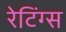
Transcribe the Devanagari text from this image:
रेटिंग्‍स